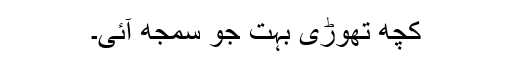
کچھ تھوڑی بہت جو سمجھ آئی۔